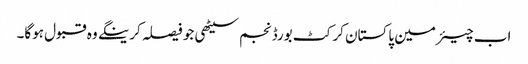
اب چیئرمین پاکستان کرکٹ بورڈ نجم سیٹھی جو فیصلہ کرینگے وہ قبول ہوگا۔